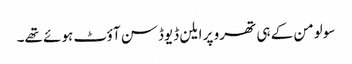
سولومن کے ہی تھرو پر ایلن ڈیوڈسن آؤٹ ہوئے تھے۔